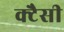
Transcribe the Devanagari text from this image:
क्टैसी